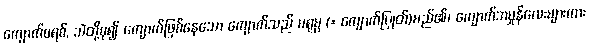
ကျောက်စရစ်, သဲတို့စု၍ ကျောက်ဖြစ်နေသော ကျောက်သည် မရုမ္ဗ (= ကျောက်ပြုတ်)မည်၏၊ ကျောက်အမှုန်လေးများကား